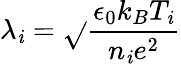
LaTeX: \lambda_{\mathit{i}}=\sqrt{}{{\frac{{\epsilon_{0}k_{B}T_{\mathit{i}}}}{{n_{\mathit{i}}e^{2}}}}}